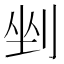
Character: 剉